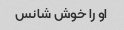
او را خوش شانس